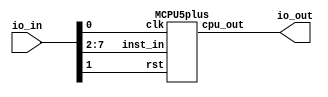

`default_nettype none

module cpldcpu_MCPU5plus(
  input [7:0] io_in,
  output [7:0] io_out
);

MCPU5plus MCPU5plus_top (
  .clk(io_in[0]),
  .rst(io_in[1]),
  .inst_in(io_in[7:2]),
  .cpu_out(io_out[7:0])
);

endmodule


module MCPU5plus(inst_in,cpu_out,rst,clk);

input [5:0] inst_in;
output [7:0] cpu_out;
input rst;
input clk;

localparam OP_BCC  = 2'b00;      //00IIII
localparam OP_STA  = 3'b101;     //101RRR
localparam OP_JMPA = 6'b111010;  //111010

reg [8:0] accu; // accu(6) is carry !
reg [7:0] pc;
reg [7:0] regfile [0:8];
reg iflag;
integer i;

    //handle register file writes (STA)
    always @(*)
        if ((inst_in[5:3] == OP_STA) && ~rst && ~clk)
            regfile[inst_in[2:0]] <= accu;

	always @(posedge clk)
		if (rst) begin
			accu <= 0;	
			pc <= 0;
            iflag <= 0;
		end
		else begin
            // PC
            if ((inst_in[5:4] == OP_BCC) && ~accu[8])            // conditional branch (BCC)            
                pc <= pc + (iflag ? { inst_in[3:0], accu[3:0]}: {{4{inst_in[3]}}, inst_in[3:0]});  
            else
                pc <= pc + 1'b1;
                       
            // ALU path + carry flag
            casex(inst_in)
                6'b00????: accu[8]   <= 1'b0;                                                                     // BCC #imm4
                6'b01????: accu[7:0] <= iflag ? { inst_in[3:0], accu[3:0]}: {{4{inst_in[3]}}, inst_in[3:0]}  ;    // LDI #simm4
                6'b100???: accu[8:0] <= {1'b0,regfile[inst_in[2:0]]} + {1'b0,accu[7:0]};                          // ADD reg8
                6'b101???: ;                                                                                      // STA reg8
                6'b110???: accu[7:0] <= regfile[inst_in[2:0]];                                                    // LDA reg8
                6'b11100?: accu[8:0] <= {~inst_in[0] & accu[8], ~accu[7:0]} + inst_in[0];                         // NEG / NOT
                6'b111010: ;                                                                                      // Free
                6'b111011: ;                                                                                      // OUT
                6'b1111??: ;                                                                                      // Free imm2
            endcase

            // Flags
            casex(inst_in)
                6'b01????: iflag <= 1'b1;           // LDI #simm4
                default:   iflag <= 1'b0;           // all others
            endcase		
        end

    assign cpu_out = clk ? {pc[7:0]} :  accu[7:0] ; 

endmodule